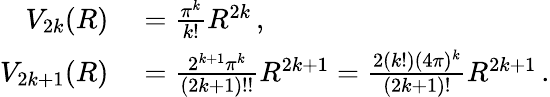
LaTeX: \begin{array}{rl}{V_{2k}(R)}&{{}={\frac{\pi^{k}}{k!}}R^{2k}\, ,}\\ {V_{2k+1}(R)}&{{}={\frac{2^{k+1}\pi^{k}}{(2k+1)!!}}R^{2k+1}={\frac{2(k!)(4\pi)^{k}}{(2k+1)!}}R^{2k+1}\, .}\end{array}